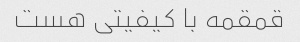
قمقمه با کیفیتی هست